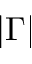
| \Gamma |